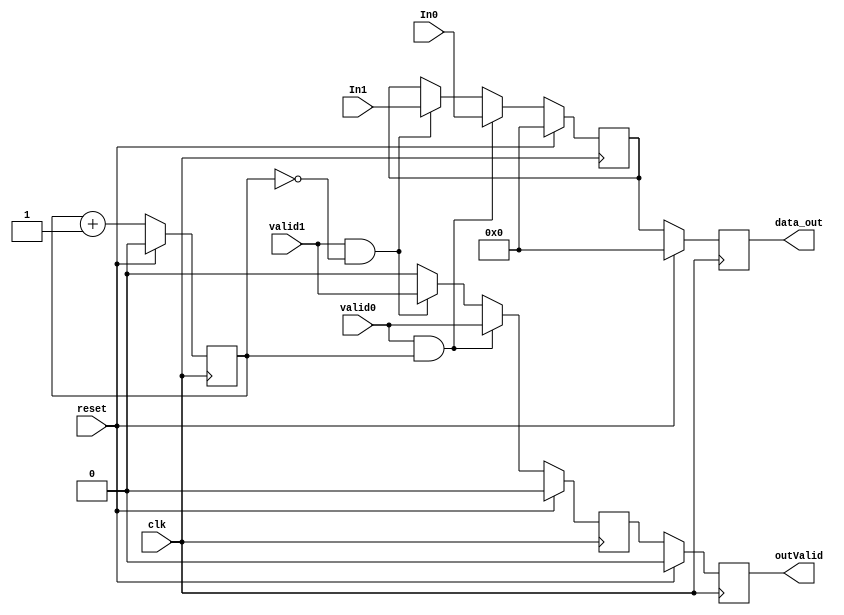
// Multiplexor 2X1 de 8 bits 

module Mux2x1_8Bits(
    input [7:0] In0,In1,
    input clk, valid0, valid1,
    input reset,
    output reg outValid,
    output reg [7:0] data_out
    );

    reg [7:0] ValorAnterior;
    reg  validTemp;
    reg selector;

    always @(negedge clk)begin
        if(reset == 1)begin
        validTemp <= 0;
        ValorAnterior <= 0;
        end
        else begin
        ValorAnterior <= data_out;

        if(valid0 == 1 & selector == 1) begin
            ValorAnterior <= In0;
            validTemp <= valid0;
        end

        else if(valid1 == 1 & selector == 0) begin
            ValorAnterior <= In1; 
            validTemp <= valid1;  
        end
        else begin
            validTemp = 0;
            ValorAnterior <= ValorAnterior;
        end
        end
    end  

    always @(posedge clk)begin
        if(reset == 1)begin
            selector <= 0;
            data_out <= 0;
            outValid <= 0;
        end
        else begin
            selector <= selector + 1;
            data_out <= ValorAnterior;
            outValid <= validTemp;
        end
    end

endmodule